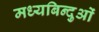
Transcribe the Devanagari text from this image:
मध्यबिन्दुओं